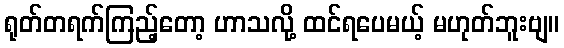
ရုတ်တရက်ကြည့်တော့ ဟာသလို့ ထင်ရပေမယ့် မဟုတ်ဘူးဗျ။